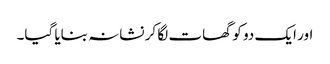
اور ایک دو کو گھات لگا کر نشانہ بنایا گیا۔